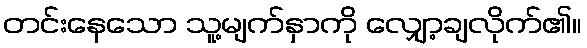
တင်းနေသော သူ့မျက်နှာကို လျှော့ချလိုက်၏။